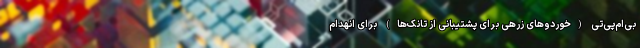
بی‌ام‌پی‌تی (خوردوهای زرهی برای پشتیبانی از تانک‌ها) برای انهدام